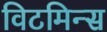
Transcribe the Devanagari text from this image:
विटमिन्स